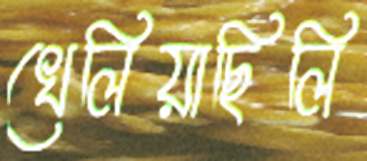
খেলিয়াছিলি